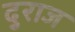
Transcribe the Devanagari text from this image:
दुराज